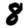
Digit: 8